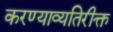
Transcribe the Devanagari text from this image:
करण्याव्यतिरीक्त